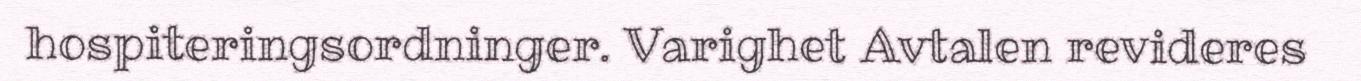
hospiteringsordninger. Varighet Avtalen revideres